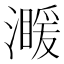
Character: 𤀣